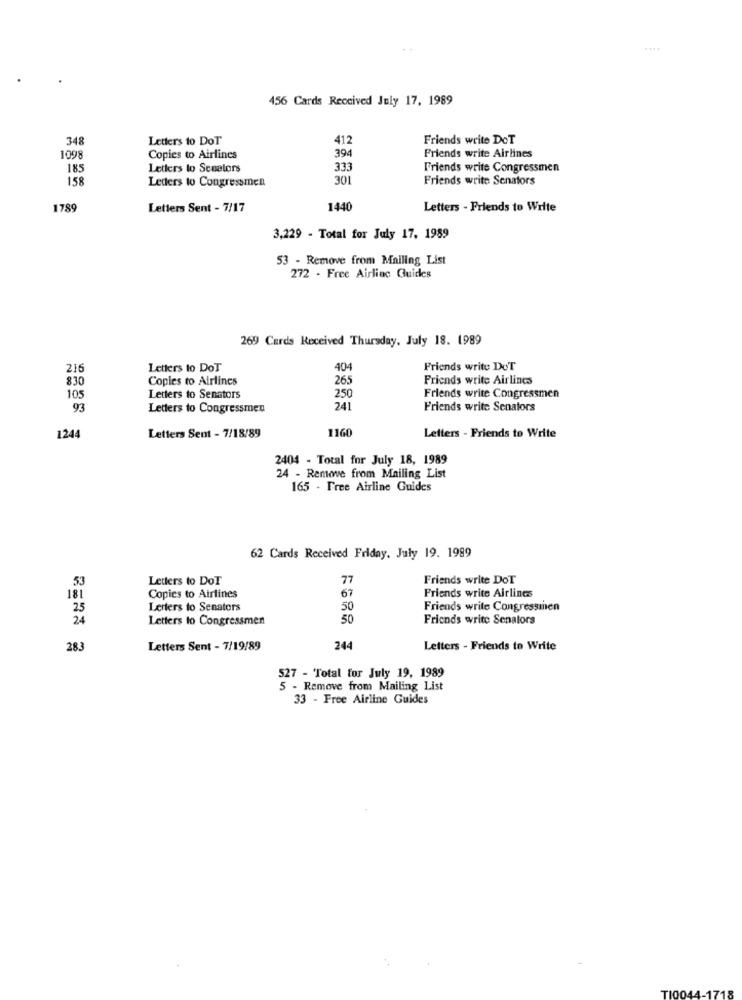
#111
456 Cards Received July 17. 1989
348
Letters to DoT
412
Friends write DeT
1098
Copies to Airlines
394
Friends write Airlines
185
Letters to Senelors
333
Friends write Congressmen
158
Leders to Congressmen
301
Friends write Senators
1789
Letters Sent - 7/17
1440
Letters - Friends to Write
3,229 - Total for July 17, 1989
53 - Remove from Mailing List
272 - Free Airlinc Guides
269 Cards Received Thursday, July 18. 1989
216
Letters to DoT
404
Friends write DeT
830
Copies to Airlines
265
Friends write Airlines
105
Letters to Senators
250
Friends write Congressmen
93
Letters to Congressmen
241
Friends write Senators
1160
Letters - Friends to Write
1244
Letters Sem - 7/18/89
2404 - Total for July 18, 1989
24 - Remove from Mailing List
165 - Free Airline Guides
62 Cards Received Friday, July 19. 1989
Letters to DoT
77
Friends write DoT
53
Friends write Airlines
181
Copies to Airlines
67
25
Lerters to Senators
50
Friends write Congressmen
24
Letters to Congressmen
50
Friends write Senators
283
Letters Sent - 7/19/89
244
Letters - Friends to Write
527 - Total for July 19, 1989
5 - Remove from Mailing List
33 - Free Airline Guides